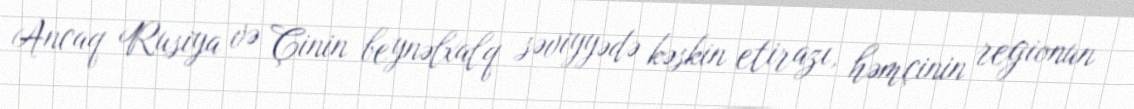
Ancaq Rusiya və Çinin beynəlxalq səviyyədə kəskin etirazı, həmçinin regionun